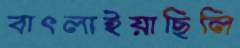
বাৎলাইয়াছিলি